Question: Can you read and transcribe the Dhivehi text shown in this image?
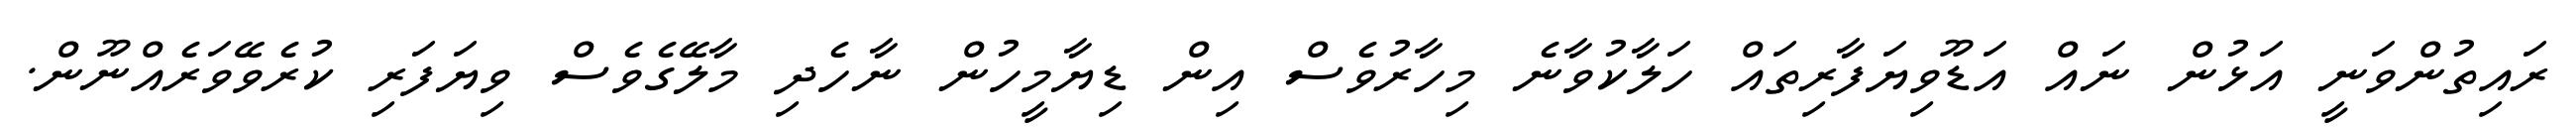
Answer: ރައިތުންވަނީ އަޅުން ނައް އަޑޫވިޔަފާރިތައް ހަލާކުވާނެ މިހާރުވެސް އިން ޑިޔާމީހުން ނާހެދި މާލޭގެވެސް ވިޔަފަރި ކުރެވޭވަރެއްނޫން.